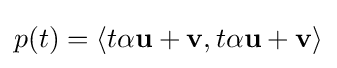
p(t)=\langle t\alpha \mathbf {u} +\mathbf {v} ,t\alpha \mathbf {u} +\mathbf {v} \rangle